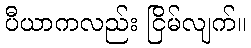
ပီယာကလည်း ငြိမ်လျက်။